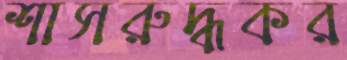
শাসরুদ্ধকর